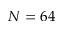
N = 6 4